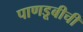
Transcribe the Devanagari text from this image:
पाणडूबीची